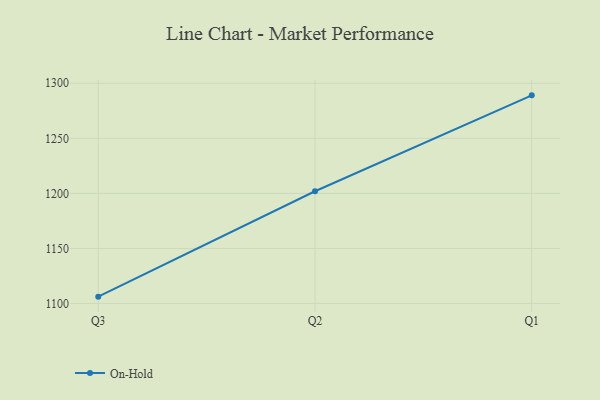
{"axis": {"x": "Quarter", "y": "Tickets Resolved"}, "legend": ["On-Hold"], "data": [{"x": "Q3", "y": 1106.2, "type": "On-Hold"}, {"x": "Q2", "y": 1201.9, "type": "On-Hold"}, {"x": "Q1", "y": 1289.0, "type": "On-Hold"}]}